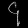
Digit: ၄